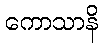
ကောသာနိ